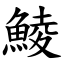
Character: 鯪